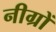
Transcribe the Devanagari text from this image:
नीग्रों